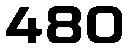
480